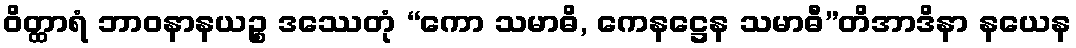
ဝိတ္ထာရံ ဘာဝနာနယဉ္စ ဒဿေတုံ “ကော သမာဓိ, ကေနဋ္ဌေန သမာဓီ”တိအာဒိနာ နယေန